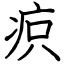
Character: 疻